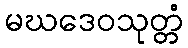
မဃဒေဝသုတ္တံ